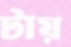
টায়